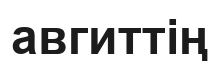
авгиттің